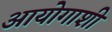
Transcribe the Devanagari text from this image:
आयोगाशी